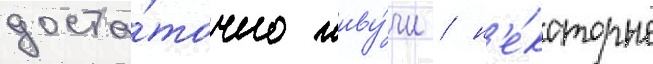
доста́точно живу́чи / н'е́которые